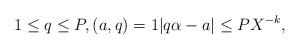
LaTeX: \begin{align*} 1\le q\le P,(a,q)=1|q\alpha-a|\le PX^{-k},\end{align*}